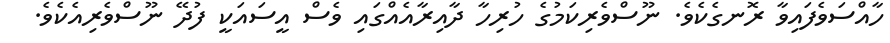
ހާއްސަވެފައިވާ ރޮނގެކެވެ. ނޫސްވެރިކަމުގެ ހުރިހާ ދާއިރާއެއްގައި ވެސް އީސައަކީ ފުދޭ ނޫސްވެރިއެކެވެ.